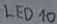
Text: LED10